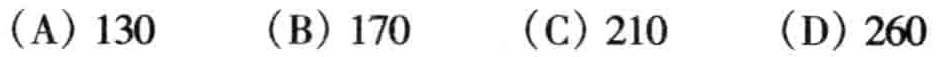
（A）130 （B）170 （C）210 （D）260